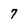
Character: 7